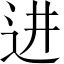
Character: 进